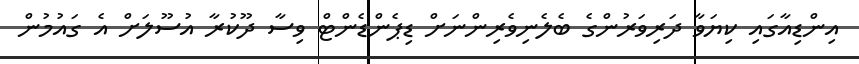
އިންޑިއާގައި ކިޔަވާ ދަރިވަރުންގެ ބެލެނިވެރިންނަށް ޑިޕެންޑެންޓް ވިސާ ދޫކުރާ އުސޫލަށް އެ ގައުމުން